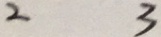
2 3